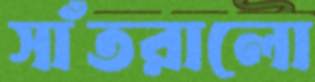
সাঁতরালো